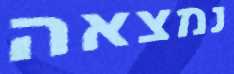
נמצאה